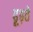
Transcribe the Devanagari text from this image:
ढूढ़ते